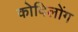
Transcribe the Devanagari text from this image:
कोविलोंग